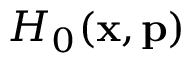
H _ { 0 } ( \mathbf { x } , \mathbf { p } )